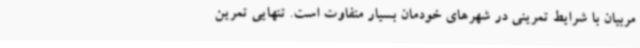
مربیان با شرایط تمرینی در شهرهای خودمان بسیار متفاوت است. تنهایی تمرین